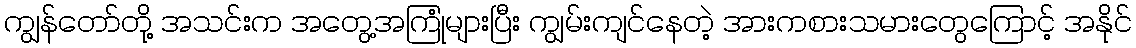
ကျွန်တော်တို့ အသင်းက အတွေ့အကြုံများပြီး ကျွမ်းကျင်နေတဲ့ အားကစားသမားတွေကြောင့် အနိုင်